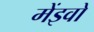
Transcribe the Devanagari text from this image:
मेंइवो